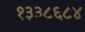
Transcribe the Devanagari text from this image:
१३३८६८४